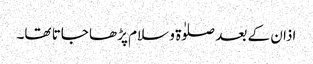
اذان کے بعد صلوٰۃ و سلام پڑھا جاتا تھا۔